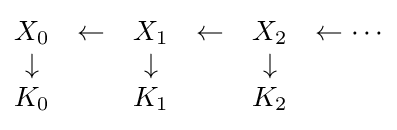
{\begin{matrix}X_{0}&\leftarrow &X_{1}&\leftarrow &X_{2}&\leftarrow \cdots \\\downarrow &&\downarrow &&\downarrow \\K_{0}&&K_{1}&&K_{2}\end{matrix}}